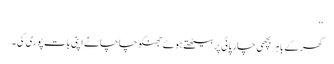
‘‘
گھر کے باہر بچھی چار پائی پر بیٹھتے ہوئے جھنکو چاچا نے اپنی بات پوری کی ۔